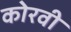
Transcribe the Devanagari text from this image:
कोरवी